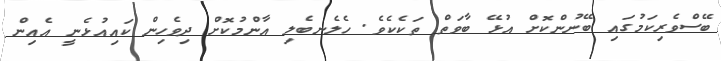
ބޭސްވެރިކަމުގައި ބޭނުންކޮށް އުޅޭ ބާވަތް ތަކެކެވެ. ހެލެނބެލި އާންމުކޮށް ދިވެހިން ކައިއުޅެނީ އެއިން